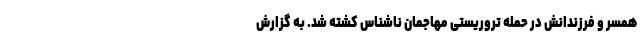
همسر و فرزندانش در حمله تروریستی مهاجمان ناشناس کشته شد. به گزارش